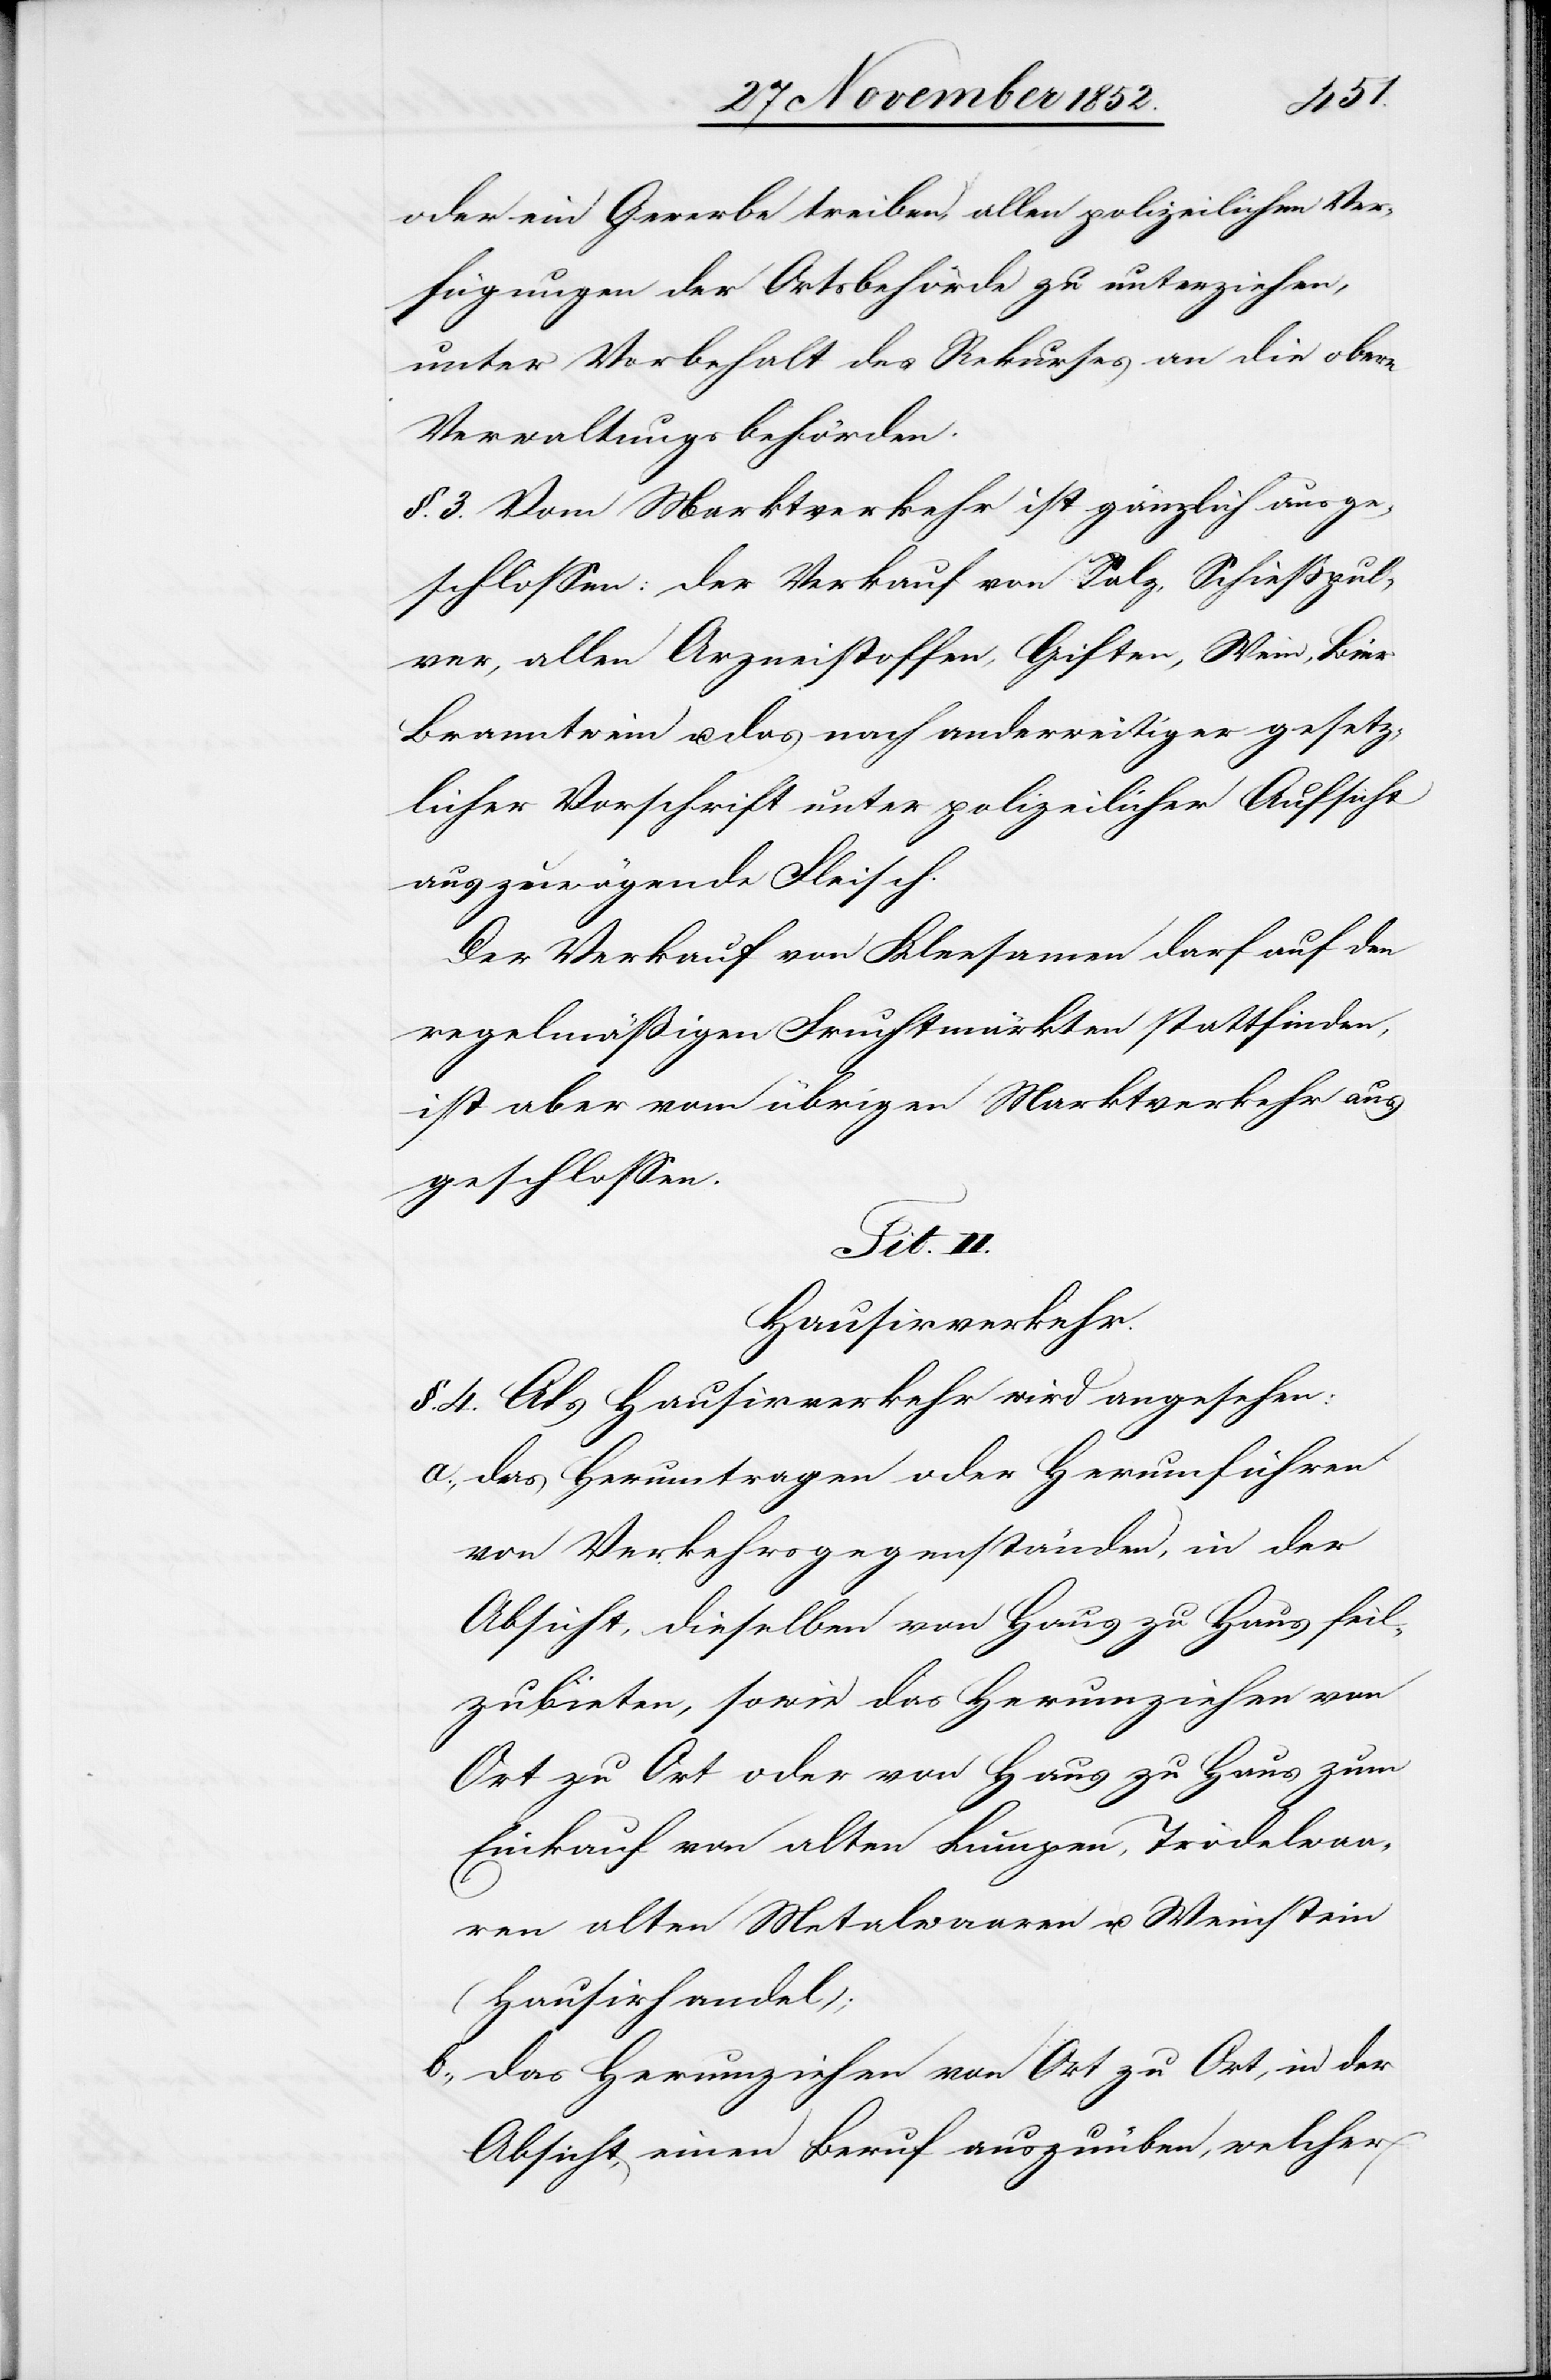
oder ein Gewerbe treiben, allen polizeilichen Ver¬
fügungen der Ortsbehörde zu unterziehen,
unter Vorbehalt des Rekurses an die obern
Verwaltungsbehörden.
§. 3. Vom Marktverkehr ist gänzlich ausge¬
schlossen: der Verkauf von Salz, Schießpul¬
ver, allen Arzneistoffen, Giften, Wein, Bier[,]
Branntwein u. das nach anderweitiger gesetz¬
licher Vorschrift unter polizeilicher Aufsicht
auszuwägende Fleisch.
Der Verkauf von Kleesamen darf auf den
regelmäßigen Fruchtmärkten stattfinden,
ist aber vom übrigen Marktverkehr aus¬
geschlossen.
Tit.
Hausirverkehr.
§. 4. Als Hausirverkehr wird angesehen:
das Herumtragen oder Herumführen
von Verkehrsgegenständen, in der
Absicht, dieselben von Haus zu Haus feil¬
zubieten, sowie das Herumziehen von
Ort zu Ort oder von Haus zu Haus zum
Einkauf von alten Lumpen, Trödelwaa¬
ren[,] alten Metalwaaren u. Weinstein
(Hausirhandel);
das Herumziehen von Ort zu Ort, in der
Absicht, einen Beruf auszuüben, welcher